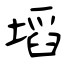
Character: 塪